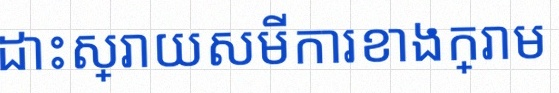
ដោះស្រាយសមីការខាងក្រោម